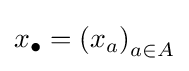
x_{\bullet }=\left(x_{a}\right)_{a\in A}